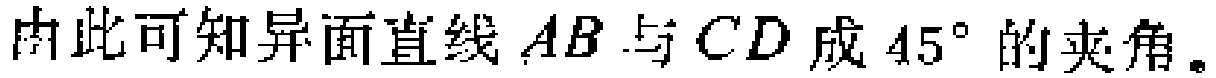
因此可知异面直线 \(AB\) 与 \(CD\) 成 \(45^{\circ}\) 的夹角。